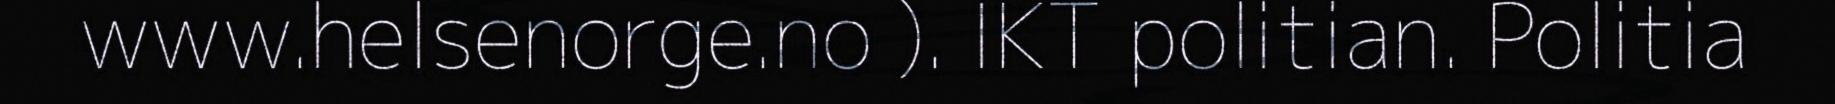
www.helsenorge.no ). IKT politian. Politia